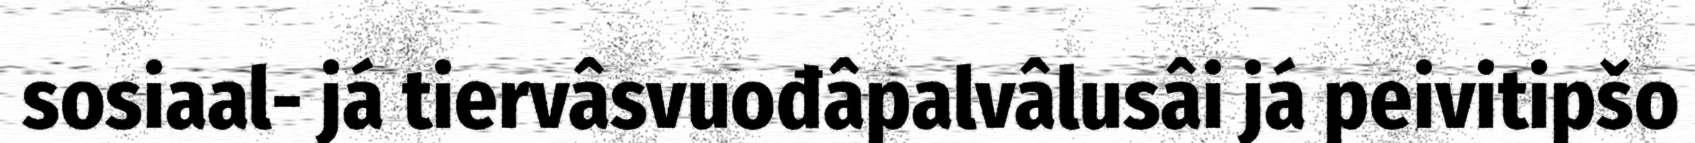
sosiaal- já tiervâsvuođâpalvâlusâi já peivitipšo